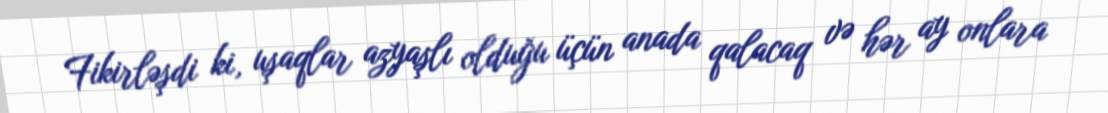
Fikirləşdi ki, uşaqlar azyaşlı olduğu üçün anada qalacaq və hər ay onlara